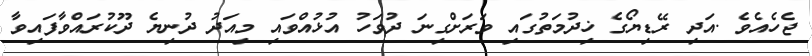
ޖެހެއެވެ .އަދި ރޭޑިޔޯގެ ޚިދުމަތުގައި ވަރަށްގިނަ ދުވަހު އުޅުއްވައި މިއަދު ދުނިޔެ ދޫކުރައްވާފައިވާ